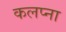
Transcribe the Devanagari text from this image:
कलप्ना